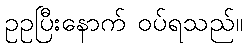
ဥဥပြီးနောက် ဝပ်ရသည်။